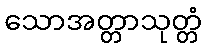
သောအတ္တာသုတ္တံ